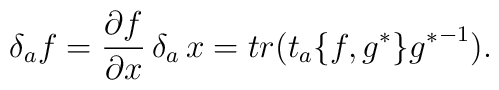
\delta_{a}f=\frac{\partial f}{\partial x}\,\delta_{a}\,x=tr(t_{a}\{f,g^{*}\}{g^{*}}^{-1}).